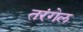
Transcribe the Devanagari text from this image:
तरंगेल